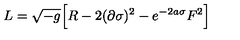
L = \sqrt { - g } \Big [ R - 2 ( \partial \sigma ) ^ { 2 } - e ^ { - 2 a \sigma } F ^ { 2 } \Big ]